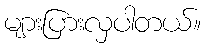
များပြားလှပါတယ်။